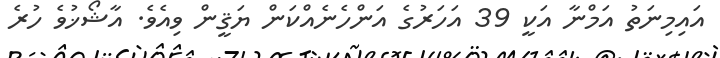
އައިމިނަތު އަމްނާ އަކީ 39 އަހަރުގެ އަންހެނެއްކަން ޔަޤީން ވިއެވެ. އާޝޯޚުވެ ހުރެ